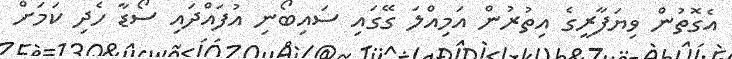
އެގޮތުން ވިޔަފާރީގެ އިތުރުން އަމިއްލަ ގޭގައި ސައިބޯނި އުފައްދައި ސޯޑާ ހެދި ކަމަށް